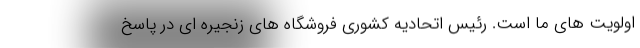
اولویت های ما است. رئیس اتحادیه کشوری فروشگاه های زنجیره ای در پاسخ